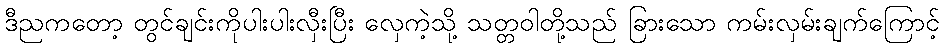
ဒီညကတော့ တွင်ချင်းကိုပါးပါးလှီးပြီး လှေကဲ့သို့ သတ္တဝါတို့သည် ခြားသော ကမ်းလှမ်းချက်ကြောင့်